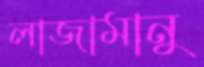
লাজামানু